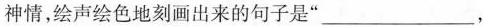
神情，绘声绘色地刻画出来的句子是”___，